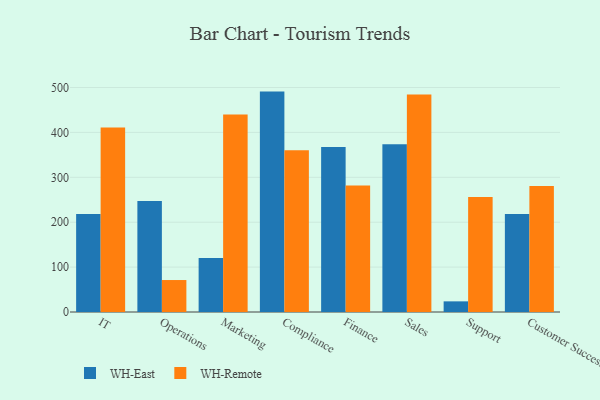
{"axis": {"x": "Department", "y": "Inventory Turnover"}, "legend": ["WH-East", "WH-Remote"], "data": [{"x": "IT", "y": 218.2, "type": "WH-East"}, {"x": "IT", "y": 410.9, "type": "WH-Remote"}, {"x": "Operations", "y": 247.2, "type": "WH-East"}, {"x": "Operations", "y": 71.2, "type": "WH-Remote"}, {"x": "Marketing", "y": 120.2, "type": "WH-East"}, {"x": "Marketing", "y": 440.0, "type": "WH-Remote"}, {"x": "Compliance", "y": 490.9, "type": "WH-East"}, {"x": "Compliance", "y": 360.2, "type": "WH-Remote"}, {"x": "Finance", "y": 367.6, "type": "WH-East"}, {"x": "Finance", "y": 281.5, "type": "WH-Remote"}, {"x": "Sales", "y": 373.7, "type": "WH-East"}, {"x": "Sales", "y": 484.6, "type": "WH-Remote"}, {"x": "Support", "y": 23.7, "type": "WH-East"}, {"x": "Support", "y": 256.2, "type": "WH-Remote"}, {"x": "Customer Success", "y": 218.1, "type": "WH-East"}, {"x": "Customer Success", "y": 280.4, "type": "WH-Remote"}]}